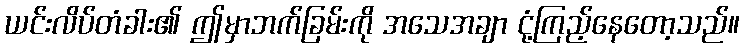
ယင်းလိပ်တံခါး၏ ဤမှာဘက်ခြမ်းကို အသေအချာ ငုံ့ကြည့်နေတော့သည်။